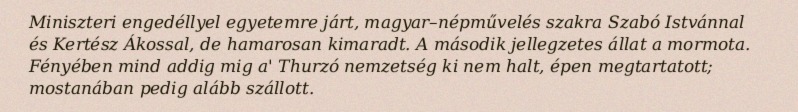
Miniszteri engedéllyel egyetemre járt, magyar–népművelés szakra Szabó Istvánnal és Kertész Ákossal, de hamarosan kimaradt. A második jellegzetes állat a mormota. Fényében mind addig mig a' Thurzó nemzetség ki nem halt, épen megtartatott; mostanában pedig alább szállott.